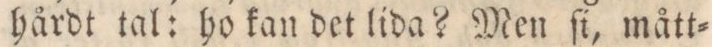
hårdt tal: ho kan det lida? Men ſi, mått=